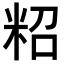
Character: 𥹙